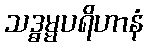
သဒ္ဓမ္မပရိဟာနံ